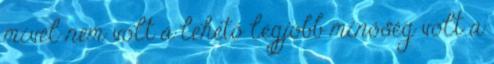
mivel nem volt a lehető legjobb minőség volt a